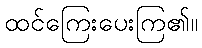
ထင်ကြေးပေးကြ၏။